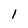
Character: 1